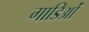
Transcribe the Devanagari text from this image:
गाडिओं